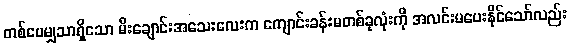
တစ်ပေမျှသာရှိသော မီးချောင်းအသေးလေးက ကျောင်းခန်းမတစ်ခုလုံးကို အလင်းမပေးနိုင်သော်လည်း